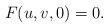
LaTeX: \begin{align*}F(u,v,0)=0.\end{align*}